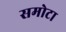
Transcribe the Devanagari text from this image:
समोटा